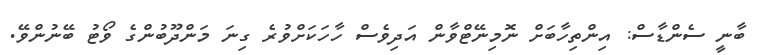
ބާނީ ސެންޑާސް: އިންތިހާބަށް ނޮމިނޭޓްވާން އަދިވެސް ހާހަކަށްވުރެ ގިނަ މަންދޫބުންގެ ވޯޓު ބޭނުންވޭ.